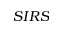
S I R S